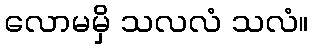
လောမမှိ သလလံ သလံ။